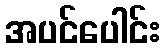
အပင်ပေါင်း